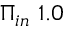
\Pi _ { i n } ~ 1 . 0